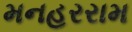
મનહરરામ